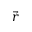
\vec { r }